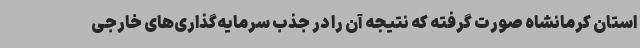
استان کرمانشاه صورت گرفته که نتیجه آن را در جذب سرمایه‌گذاری‌های خارجی